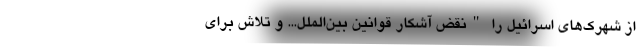
از شهرک‌های اسرائیل را "نقض آشکار قوانین بین‌الملل... و تلاش برای